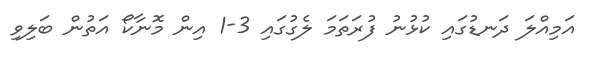
އަމިއްލަ ދަނޑުގައި ކުޅުނު ފުރަތަމަ ލެގުގައި 3-1 އިން މޮނާކޯ އަތުން ބަލިވި